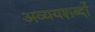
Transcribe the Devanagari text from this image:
अव्ययशब्दों